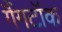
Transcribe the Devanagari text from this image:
गैंगटॉक